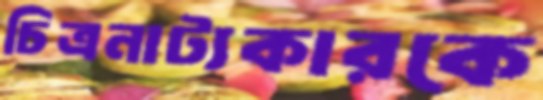
চিত্রনাট্যকারকে